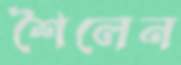
শৈলেন